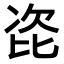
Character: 𭯎